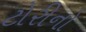
ટોરીનો